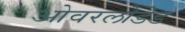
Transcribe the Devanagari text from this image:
ओवरलोडेड